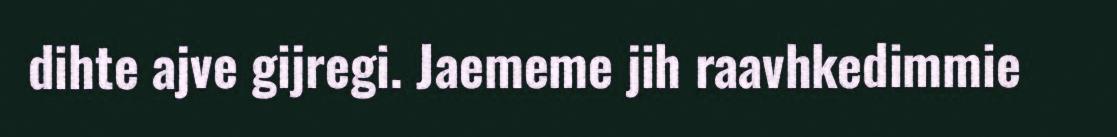
dihte ajve gijregi. Jaememe jih raavhkedimmie